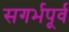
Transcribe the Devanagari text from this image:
सगर्भपूर्व